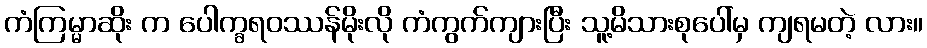
ကံကြမ္မာဆိုး က ပေါက္ခရဝဿန်မိုးလို ကံကွက်ကျားပြီး သူ့မိသားစုပေါ်မှ ကျရမတဲ့ လား။